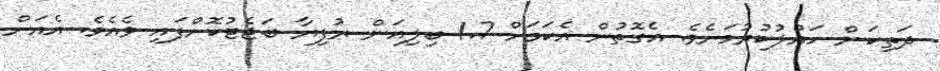
ދަތިކަން ހައްލުކުރުމަށެވެ. އެގޮތުން އެކަމަށް 1.7 ބިލިއަން ރުފިޔާ ބަޖެޓުކޮށްފައި ވެއެވެ. އެއަށް